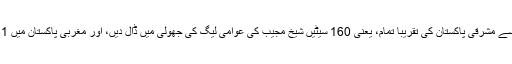
انہوں نے اسمبلی کی تین سو سیٹوں میں سے مشرقی پاکستان کی تقریباً تمام، یعنی 160 سیٹیں شیخ مجیب کی عوامی لیگ کی جھولی میں ڈال دیں، اور مغربی پاکستان میں 81 سیٹیں بھٹو کی پیپلز پارٹی کو دے دیں۔